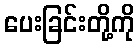
ပေးခြင်းတို့ကို